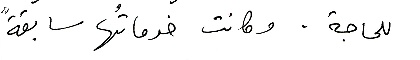
للحاجة، وكانت خدماتُها سابقةً